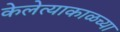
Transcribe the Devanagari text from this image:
केलेत्याकाळच्या